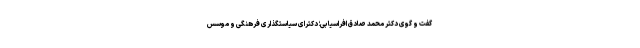
گفت و گوی دکتر محمد صادق افراسیابی؛ دکترای سیاستگذاری فرهنگی و موسس